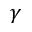
\gamma